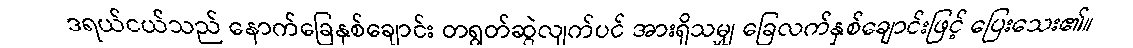
ဒရယ်ငယ်သည် နောက်ခြေနှစ်ချောင်း တရွတ်ဆွဲလျက်ပင် အားရှိသမျှ ခြေလက်နှစ်ချောင်းဖြင့် ပြေးသေး၏။